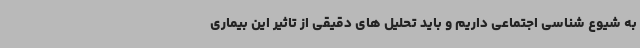
به شیوع شناسی اجتماعی داریم و باید تحلیل های دقیقی از تاثیر این بیماری